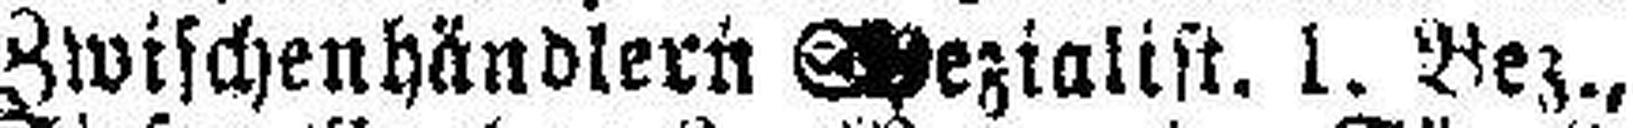
Zwischenhändlern Spezialist. 1. Bez.,